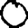
Digit: 0